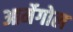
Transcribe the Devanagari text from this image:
आर्मेगोल